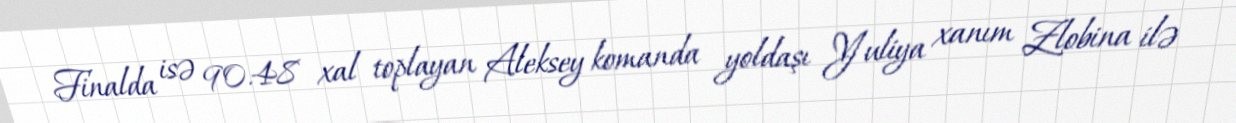
Finalda isə 90.48 xal toplayan Aleksey komanda yoldaşı Yuliya xanım Zlobina ilə